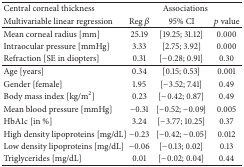
<table><thead><tr><td><b>Central corneal thickness</b></td><td colspan="3"><b>Associations</b></td></tr><tr><td><b>Multivariable linear regression</b></td><td><b>Reg <i>β</i></b></td><td><b>95% CI</b></td><td><b><i>p</i> value</b></td></tr></thead><tbody><tr><td>Mean corneal radius [mm]</td><td>25.19</td><td>[19.25; 31.12]</td><td>0.000</td></tr><tr><td>Intraocular pressure [mmHg]</td><td>3.33</td><td>[2.75; 3.92]</td><td>0.000</td></tr><tr><td>Refraction [SE in diopters]</td><td>0.31</td><td>[−0.28; 0.91]</td><td>0.30</td></tr><tr><td>Age [years]</td><td>0.34</td><td>[0.15; 0.53]</td><td>0.001</td></tr><tr><td>Gender [female]</td><td>1.95</td><td>[−3.52; 7.41]</td><td>0.49</td></tr><tr><td>Body mass index [kg/m<sup>2</sup>]</td><td>0.23</td><td>[−0.42; 0.87]</td><td>0.49</td></tr><tr><td>Mean blood pressure [mmHg]</td><td>−0.31</td><td>[−0.52; −0.09]</td><td>0.005</td></tr><tr><td> HbA1c [in %]</td><td>3.24</td><td>[−3.77; 10.25]</td><td>0.37</td></tr><tr><td>High density lipoproteins [mg/dL]</td><td>−0.23</td><td>[−0.42; −0.05]</td><td>0.012</td></tr><tr><td>Low density lipoproteins [mg/dL]</td><td>−0.06</td><td>[−0.13; 0.02]</td><td>0.13</td></tr><tr><td>Triglycerides [mg/dL]</td><td>0.01</td><td>[−0.02; 0.04]</td><td>0.44</td></tr></tbody></table>